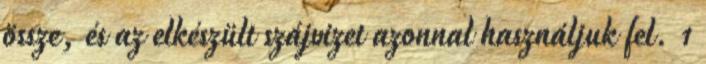
össze, és az elkészült szájvizet azonnal használjuk fel. 1